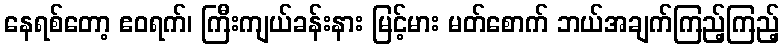
နေရစ်တော့ ဧဝရက်၊ ကြီးကျယ်ခန်းနား မြင့်မား မတ်စောက် ဘယ်အချက်ကြည့်ကြည့်